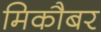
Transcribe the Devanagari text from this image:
मिकौबर